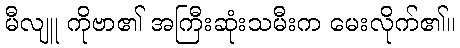
မီလျူ ကိုဗာ၏ အကြီးဆုံးသမီးက မေးလိုက်၏။